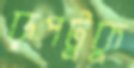
রূপটুকু